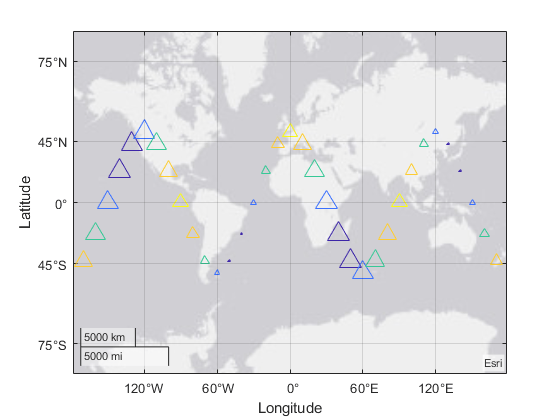
matlab, geoplot, geolimits, geobasemap, geoscatter